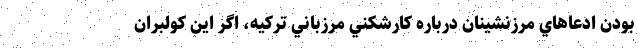
بودن ادعاهاي مرزنشينان درباره كارشكني مرزباني تركيه، اگر اين كولبران